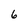
Character: 6